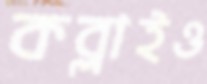
কব্‌লাইও